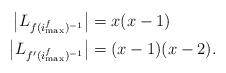
LaTeX: \begin{align*}\big|L_{f(i_{\max}^f)^{-1}}\big| & = x(x-1) \\\big|L_{f'(i_{\max}^f)^{-1}}\big| & = (x-1)(x-2).\end{align*}